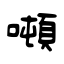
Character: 噸